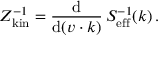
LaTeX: Z _ { \mathrm { k i n } } ^ { - 1 } = { \frac { \mathrm { d } } { \mathrm { d } ( v \cdot k ) } } \, S _ { \mathrm { e f f } } ^ { - 1 } ( k ) \, .